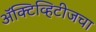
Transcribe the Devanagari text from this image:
ॲक्टिव्हिटीजचा